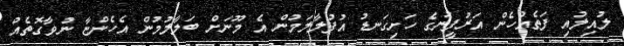
ލުއިލުއި ފަތެއްހެން އަރުފީނުގެ ހަށިގަނޑު އުފުލާލަމުން އެ މޫނަށް ބަލާލުމުން އެހެންޏާ ނުވާގޮތެއް